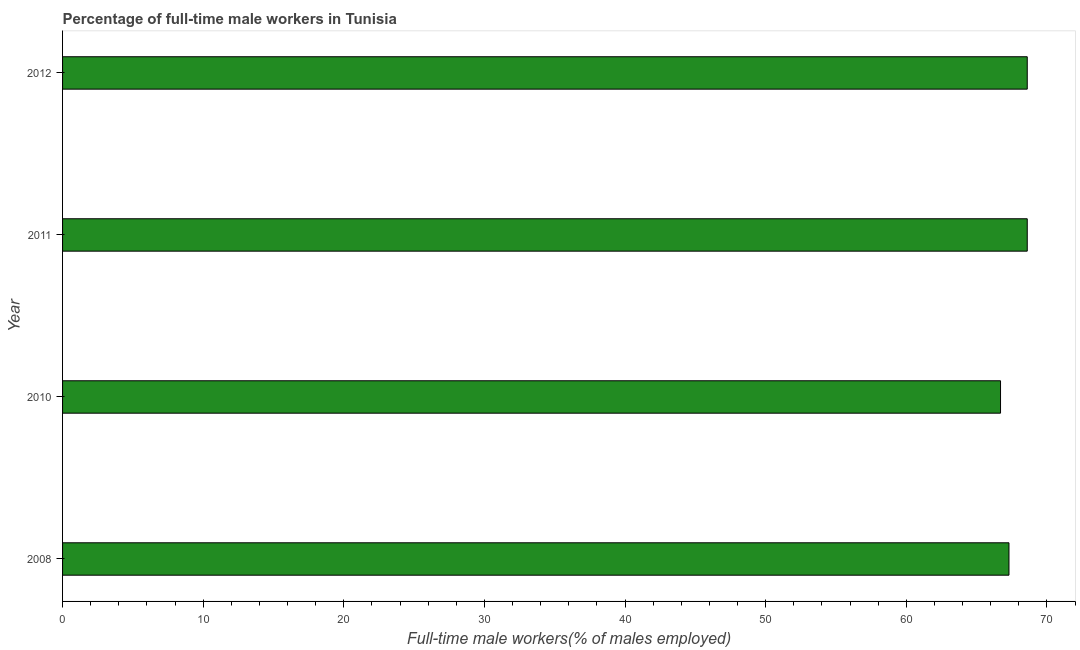
| Year | Wage and salary workers |
 | --- | --- |
 | 2008 | 67.3 |
 | 2010 | 66.7 |
 | 2011 | 68.6 |
 | 2012 | 68.6 |